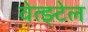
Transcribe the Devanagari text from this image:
वेत्झ्टेल